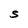
Character: S